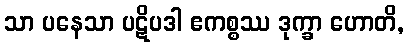
သာ ပနေသာ ပဋိပဒါ ဧကစ္စဿ ဒုက္ခာ ဟောတိ,